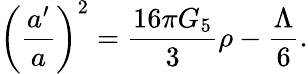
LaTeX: \left({\frac{a^{\prime}}{a}}\right)^{2}={\frac{16\pi G_{5}}{3}}\rho-{\frac{\Lambda}{6}}.